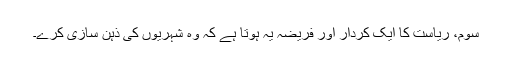
سوم، ریاست کا ایک کردار اور فریضہ یہ ہوتا ہے کہ وہ شہریوں کی ذہن سازی کرے۔